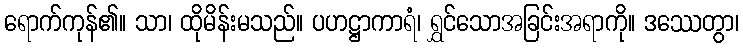
ရောက်ကုန်၏။ သာ၊ ထိုမိန်းမသည်။ ပဟဋ္ဌာကာရံ၊ ရွှင်သောအခြင်းအရာကို။ ဒဿေတွာ၊